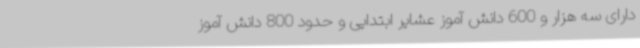
دارای سه هزار و 600 دانش آموز عشایر ابتدایی و حدود 800 دانش آموز